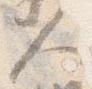
人